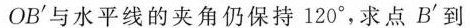
OB^{\prime}与水平线的夹角仍保持120°，求点B^{\prime}到